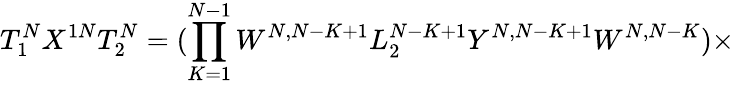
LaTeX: T_{1}^{N}X^{1N}T_{2}^{N}=(\prod_{K=1}^{N-1}W^{N,N-K+1}L_{2}^{N-K+1}Y^{N,N-K+1}W^{N,N-K})\times